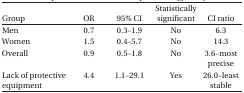
<table><thead><tr><td><b>Group</b></td><td><b>OR</b></td><td><b>95% CI</b></td><td><b>Statistically significant</b></td><td><b>CI ratio</b></td></tr></thead><tbody><tr><td>Men</td><td>0.7</td><td>0.3–1.9</td><td>No</td><td>6.3</td></tr><tr><td>Women</td><td>1.5</td><td>0.4-5.7</td><td>No</td><td>14.3</td></tr><tr><td>Overall</td><td>0.9</td><td>0.5-1.8</td><td>No</td><td>3.6–most precise</td></tr><tr><td>Lack of protective equipment</td><td>4.4</td><td>1.1-29.1</td><td>Yes</td><td>26.0–least stable</td></tr></tbody></table>